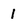
Character: 1